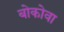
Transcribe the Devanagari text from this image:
बोकोवा